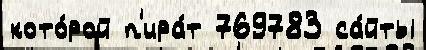
кото́рой п'ира́т 769783 са́йты